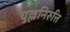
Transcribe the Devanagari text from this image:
चुल्लनिरुत्ति